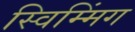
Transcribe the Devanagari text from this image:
स्विम्मिंग